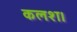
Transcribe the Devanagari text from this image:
कलश।